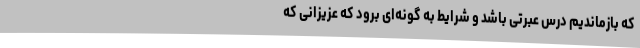
که بازماندیم درس عبرتی باشد و شرایط به‌ گونه‌ای برود که عزیزانی که